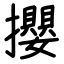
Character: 攖